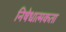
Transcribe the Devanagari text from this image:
निषेधात्मकता